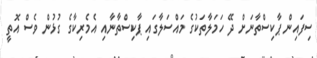
ސިފައިން ޕާކިސްތާނަށް ދޭ ހަމަލާތަކުގެ މައްސަލާގައި ޕާކިސްތާނާއި އެމެރިކާގެ ގުޅުން ވެސް އޮތީ